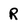
Character: R